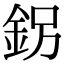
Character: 䤢